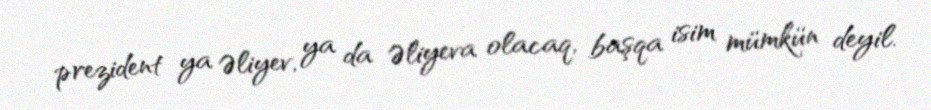
prezident ya Əliyev, ya da Əliyeva olacaq, başqa isim mümkün deyil.